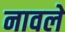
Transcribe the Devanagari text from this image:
नावले